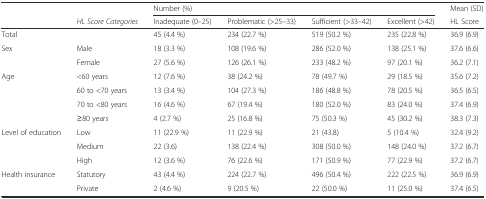
<table><thead><tr><td></td><td></td><td colspan="4"><b>Number (%)</b></td><td><b>Mean (SD)</b></td></tr><tr><td></td><td><b><i>HL Score Categories</i></b></td><td><b>Inadequate (0–25)</b></td><td><b>Problematic (&gt;25–33)</b></td><td><b>Sufficient (&gt;33–42)</b></td><td><b>Excellent (&gt;42)</b></td><td><b>HL Score</b></td></tr></thead><tbody><tr><td>Total</td><td></td><td>45 (4.4 %)</td><td>234 (22.7 %)</td><td>519 (50.2 %)</td><td>235 (22.8 %)</td><td>36.9 (6.9)</td></tr><tr><td rowspan="2">Sex</td><td>Male</td><td>18 (3.3 %)</td><td>108 (19.6 %)</td><td>286 (52.0 %)</td><td>138 (25.1 %)</td><td>37.6 (6.6)</td></tr><tr><td>Female</td><td>27 (5.6 %)</td><td>126 (26.1 %)</td><td>233 (48.2 %)</td><td>97 (20.1 %)</td><td>36.2 (7.1)</td></tr><tr><td rowspan="4">Age</td><td>&lt;60 years</td><td>12 (7.6 %)</td><td>38 (24.2 %)</td><td>78 (49.7 %)</td><td>29 (18.5 %)</td><td>35.6 (7.2)</td></tr><tr><td>60 to &lt;70 years</td><td>13 (3.4 %)</td><td>104 (27.3 %)</td><td>186 (48.8 %)</td><td>78 (20.5 %)</td><td>36.5 (6.5)</td></tr><tr><td>70 to &lt;80 years</td><td>16 (4.6 %)</td><td>67 (19.4 %)</td><td>180 (52.0 %)</td><td>83 (24.0 %)</td><td>37.4 (6.9)</td></tr><tr><td>≥80 years</td><td>4 (2.7 %)</td><td>25 (16.8 %)</td><td>75 (50.3 %)</td><td>45 (30.2 %)</td><td>38.3 (7.3)</td></tr><tr><td rowspan="3">Level of education</td><td>Low</td><td>11 (22.9 %)</td><td>11 (22.9 %)</td><td>21 (43.8)</td><td>5 (10.4 %)</td><td>32.4 (9.2)</td></tr><tr><td>Medium</td><td>22 (3.6)</td><td>138 (22.4 %)</td><td>308 (50.0 %)</td><td>148 (24.0 %)</td><td>37.2 (6.7)</td></tr><tr><td>High</td><td>12 (3.6 %)</td><td>76 (22.6 %)</td><td>171 (50.9 %)</td><td>77 (22.9 %)</td><td>37.2 (6.7)</td></tr><tr><td rowspan="2">Health insurance</td><td>Statutory</td><td>43 (4.4 %)</td><td>224 (22.7 %)</td><td>496 (50.4 %)</td><td>222 (22.5 %)</td><td>36.9 (6.9)</td></tr><tr><td>Private</td><td>2 (4.6 %)</td><td>9 (20.5 %)</td><td>22 (50.0 %)</td><td>11 (25.0 %)</td><td>37.4 (6.5)</td></tr></tbody></table>